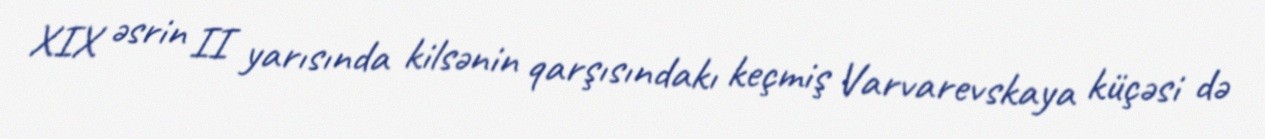
XIX əsrin II yarısında kilsənin qarşısındakı keçmiş Varvarevskaya küçəsi də